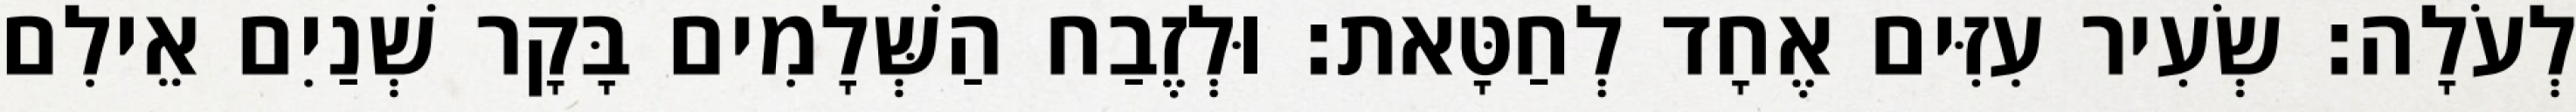
לְעֹלָה׃ שְׂעִיר עִזִּים אֶחָד לְחַטָּאת׃ וּלְזֶבַח הַשְּׁלָמִים בָּקָר שְׁנַיִם אֵילִם